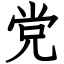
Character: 党